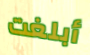
أبلغت